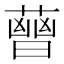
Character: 𧀈